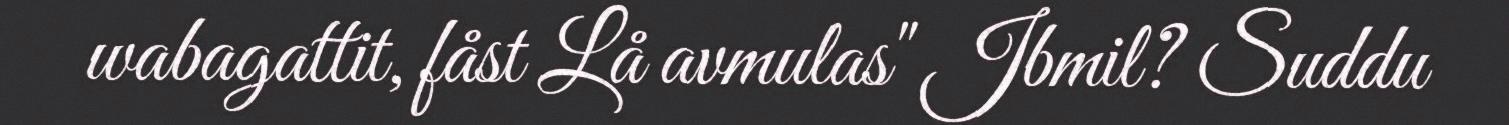
wabagattit, fåst Lå avmulas" Jbmil? Suddu